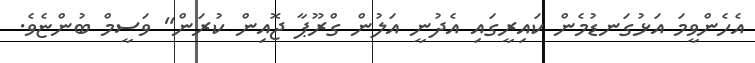
އެހެންވީމަ އަޅުގަނޑުމެން ކައިރީގައި އެދުނީ އަލުން ގްރޫޕާ ޖޮއިން ކުރަން" ވަސީމް ބުންޏެވެ.